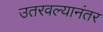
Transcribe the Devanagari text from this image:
उतरवल्यानंतर